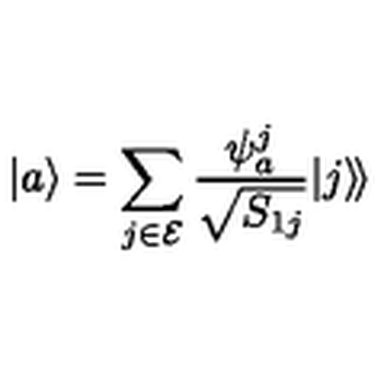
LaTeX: | a \rangle = \sum _ { j \in { \cal E } } \frac { \psi _ { a } ^ { j } } { \sqrt { S _ { 1 j } } } | j \rangle \! \rangle